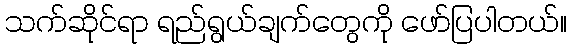
သက်ဆိုင်ရာ ရည်ရွယ်ချက်တွေကို ဖော်ပြပါတယ်။